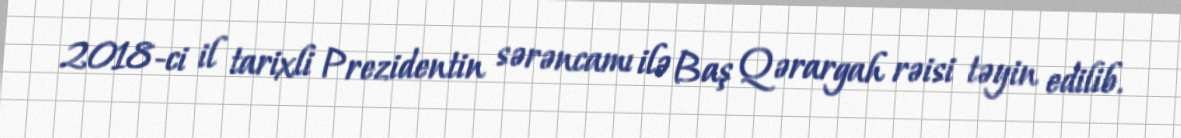
2018-ci il tarixli Prezidentin sərəncamı ilə Baş Qərargah rəisi təyin edilib.